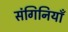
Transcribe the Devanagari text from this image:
संगिनियाँ